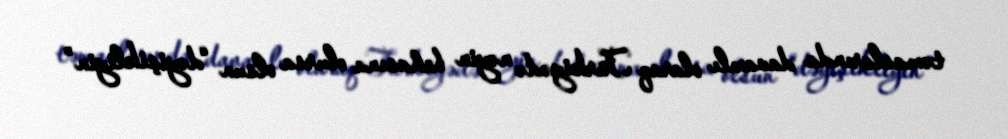
təmaslarında davamlı olaraq Türkiyədə nəyin bahasına olursa olsun “dəyişikliyin”